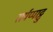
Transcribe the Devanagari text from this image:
सर्पप्पाट्टु